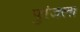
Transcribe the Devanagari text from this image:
पुरंजला